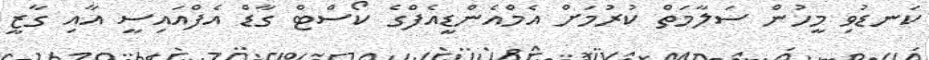
ކަނޑުވި މީހުން ސަލާމަތް ކުރުމަށް އެމްއެންޑީއެފްގެ ކޯސްޓް ގާޑް އެފްއައިސީ އާއި ގާޒީ